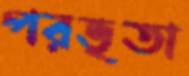
পরভৃতা